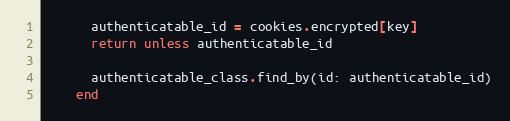
Language: Ruby
      authenticatable_id = cookies.encrypted[key]
      return unless authenticatable_id

      authenticatable_class.find_by(id: authenticatable_id)
    end